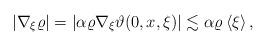
LaTeX: \begin{align*}\left|\nabla_{\xi}\varrho\right|=\left|\alpha\varrho \nabla_{\xi}\vartheta(0,x,\xi)\right|\lesssim \alpha \varrho \left<\xi\right>,\end{align*}